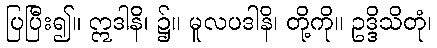
ပြပြီး၍။ ဣဒါနိ၊ ၌။ မူလပဒါနိ၊ တို့ကို။ ဥဒ္ဒိသိတုံ၊